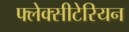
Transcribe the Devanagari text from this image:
फ्लेक्सीटेरियन